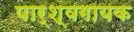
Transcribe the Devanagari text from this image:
पार्श्‍वगायक